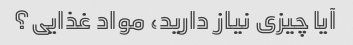
آیا چیزی نیاز دارید، مواد غذایی؟